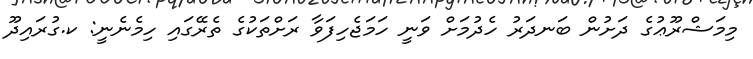
މިމަޝްރޫޢުގެ ދަށުން ބަނދަރު ހެދުމަށް ވަނީ ހަމަޖެހިފަވާ ރަށްތަކުގެ ތެރޭގައި ހިމެނެނީ: ކ.ގުރައިދޫ